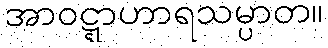
အာဝဋ္ဋာဟာရသမ္ပာတ။